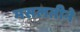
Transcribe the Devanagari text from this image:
मसलतीने